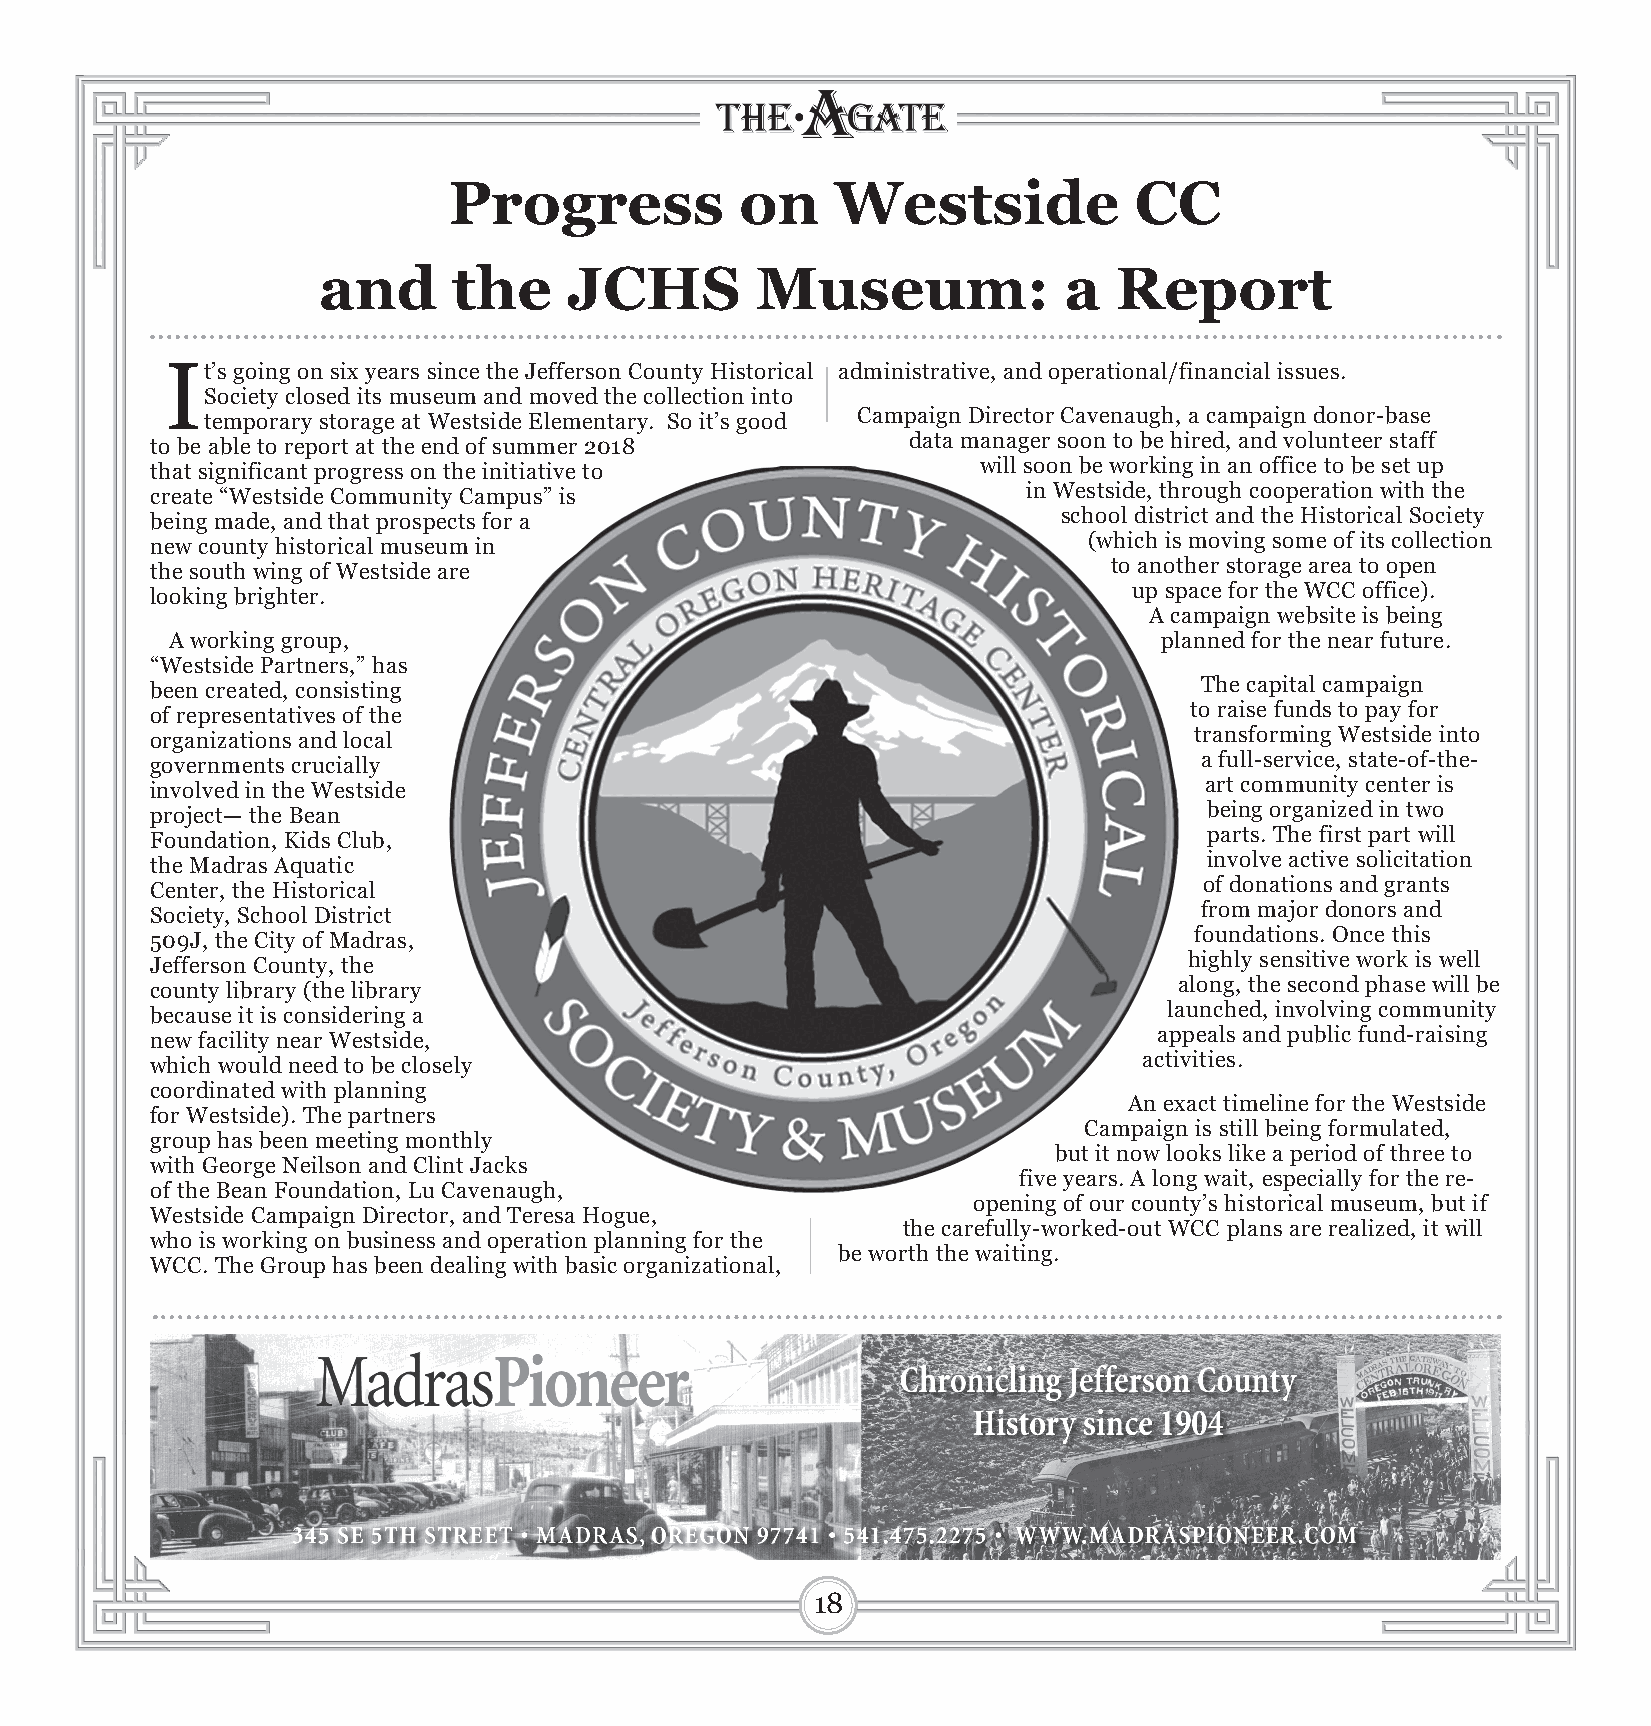
Progress           on    Westside            CC
 and      the     JCHS        Museum:             a   Report
 It’s going on six years since the Jefferson County Historical administrative, and operational/financial issues.
 Society closed its museum and moved the collection into
 temporary storage at Westside Elementary. So it’s good Campaign Director Cavenaugh, a campaign donor-base
 to be able to report at the end of summer 2018    data manager soon to be hired, and volunteer staff
 that significant progress on the initiative to         will soon be working in an office to be set up
 create “Westside Community Campus” is                     in Westside, through cooperation with the
 being made, and that prospects for a                        school district and the Historical Society
 new county historical museum in                               (which is moving some of its collection
 the south wing of Westside are                                  to another storage area to open
 looking brighter.                                                up space for the WCC office).
 A campaign website is being
 A working group,                                                  planned for the near future.
 “Westside Partners,” has
 been created, consisting                                             The capital campaign
 of representatives of the                                            to raise funds to pay for
 organizations and local                                              transforming Westside into
 governments crucially                                                a full-service, state-of-the-
 involved in the Westside                                              art community center is
 project— the Bean                                                     being organized in two
 Foundation, Kids Club,                                                parts. The first part will
 the Madras Aquatic                                                    involve active solicitation
 Center, the Historical                                                of donations and grants
 Society, School District                                             from major donors and
 509J, the City of Madras,                                            foundations. Once this
 Jefferson County, the                                                highly sensitive work is well
 county library (the library                                         along, the second phase will be
 because it is considering a                                        launched, involving community
 new facility near Westside,                                        appeals and public fund-raising
 which would need to be closely                                    activities.
 coordinated with planning
 An exact timeline for the Westside
 for Westside). The partners
 Campaign is still being formulated,
 group has been meeting monthly
 but it now looks like a period of three to
 with George Neilson and Clint Jacks
 five years. A long wait, especially for the re-
 of the Bean Foundation, Lu Cavenaugh,
 opening of our county’s historical museum, but if
 Westside Campaign Director, and Teresa Hogue,
 the carefully-worked-out WCC plans are realized, it will
 who is working on business and operation planning for the
 be worth the waiting.
 WCC. The Group has been dealing with basic organizational,
 18